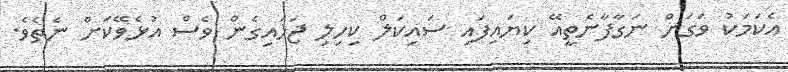
އެކަމަކު ވަގަށް ނަގާފާނެތީއޭ ކިޔައިފައި ސައިކަލް ކިހިލި ޖަހައިގެން ވެސް އުޅެވޭކަށް ނެތެވެ.